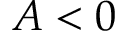
A < 0